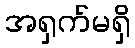
အရှက်မရှိ